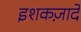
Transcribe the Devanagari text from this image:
इशकज़ादे